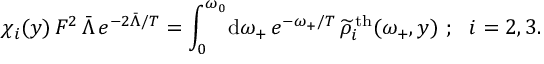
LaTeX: \chi _ { i } ( y ) \, F ^ { 2 } \, \bar { \Lambda } \, e ^ { - 2 \bar { \Lambda } / T } = \int _ { 0 } ^ { \omega _ { 0 } } \! \mathrm { d } \omega _ { + } \, e ^ { - \omega _ { + } / T } \, \widetilde { \rho } _ { i } ^ { \mathrm { \, t h } } ( \omega _ { + } , y ) ~ ; ~ ~ i = 2 , 3 .